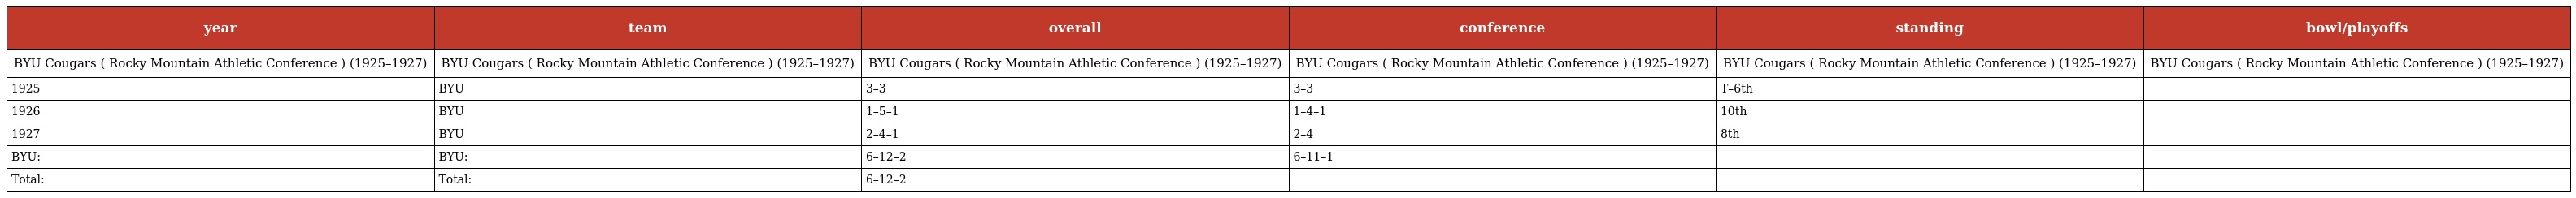
| year | team | overall | conference | standing | bowl/playoffs |
 | --- | --- | --- | --- | --- | --- |
 | BYU Cougars ( Rocky Mountain Athletic Conference ) (1925–1927) | BYU Cougars ( Rocky Mountain Athletic Conference ) (1925–1927) | BYU Cougars ( Rocky Mountain Athletic Conference ) (1925–1927) | BYU Cougars ( Rocky Mountain Athletic Conference ) (1925–1927) | BYU Cougars ( Rocky Mountain Athletic Conference ) (1925–1927) | BYU Cougars ( Rocky Mountain Athletic Conference ) (1925–1927) |
 | 1925 | BYU | 3–3 | 3–3 | T–6th |  |
 | 1926 | BYU | 1–5–1 | 1–4–1 | 10th |  |
 | 1927 | BYU | 2–4–1 | 2–4 | 8th |  |
 | BYU: | BYU: | 6–12–2 | 6–11–1 |  |  |
 | Total: | Total: | 6–12–2 |  |  |  |